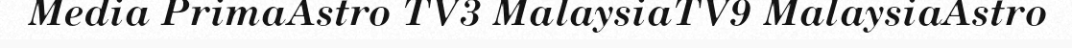
Media PrimaAstro TV3 MalaysiaTV9 MalaysiaAstro